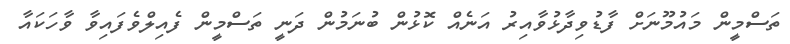
ތަސްމީން މައުމޫނަށް ފާޑުވިދާޅުވާއިރު އަނެއް ކޮޅުން ބުނަމުން ދަނީ ތަސްމީން ފެއިލްވެފައިވާ ވާހަކައާ